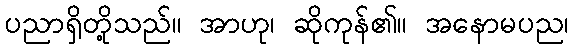
ပညာရှိတို့သည်။ အာဟု၊ ဆိုကုန်၏။ အနောမပည၊